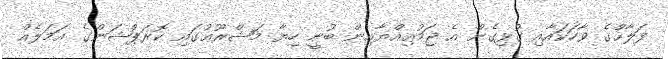
ފަލާޙްގެ ވާހަކައާއި ގުޅިގެން އެ ޖަމުޢިއްޔާއިން ބުނީ ހިޔާ މަޝްރޫޢުގައި ކޮރަޕްޝަންގެ ޢަމަލެއް